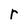
Character: r